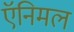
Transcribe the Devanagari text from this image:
ऍनिमल